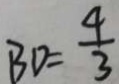
B D = \frac { 4 } { 3 }